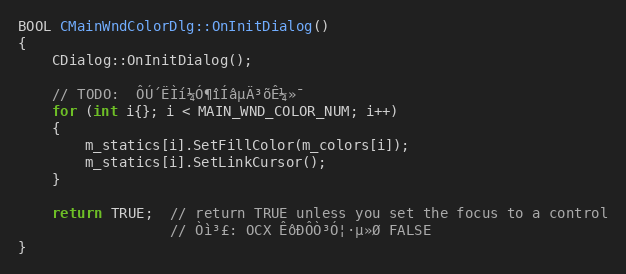
Language: C++
BOOL CMainWndColorDlg::OnInitDialog()
{
	CDialog::OnInitDialog();

	// TODO:  ÔÚ´ËÌí¼Ó¶îÍâµÄ³õÊ¼»¯
	for (int i{}; i < MAIN_WND_COLOR_NUM; i++)
	{
		m_statics[i].SetFillColor(m_colors[i]);
		m_statics[i].SetLinkCursor();
	}

	return TRUE;  // return TRUE unless you set the focus to a control
				  // Òì³£: OCX ÊôÐÔÒ³Ó¦·µ»Ø FALSE
}